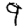
Digit: 9